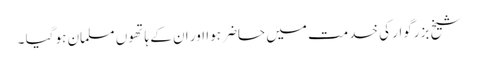
شیخ بزرگوار کی خدمت میں حاضر ہوا اور ان کے ہاتھوں مسلمان ہو گیا ۔